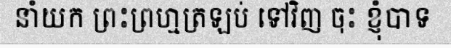
នាំយក ព្រះព្រហ្មត្រឡប់ ទៅវិញ ចុះ ខ្ញុំបាទ